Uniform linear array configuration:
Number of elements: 8
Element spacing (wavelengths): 0.5
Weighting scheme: hann
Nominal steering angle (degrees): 30
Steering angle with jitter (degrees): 31.063
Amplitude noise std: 0.05
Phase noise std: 0.05

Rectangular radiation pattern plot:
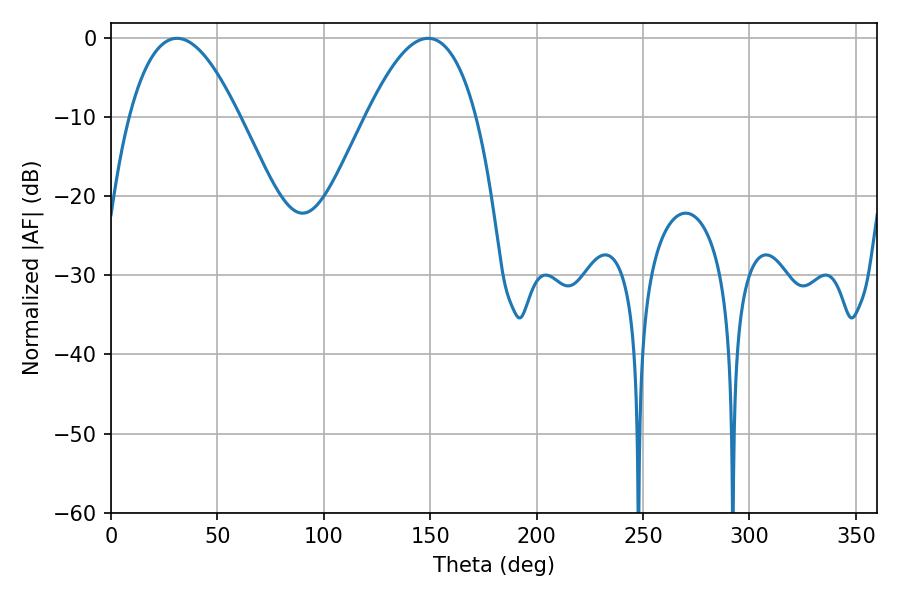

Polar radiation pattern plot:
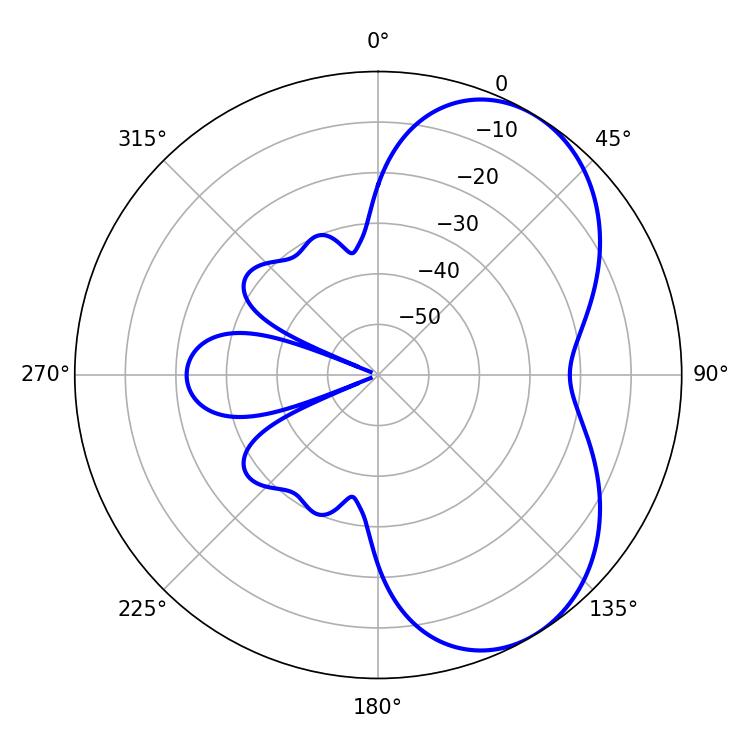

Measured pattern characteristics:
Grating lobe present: FALSE
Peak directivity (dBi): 5.431
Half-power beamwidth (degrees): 28.26
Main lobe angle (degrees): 30.96